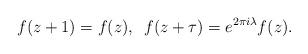
LaTeX: \begin{align*}f(z+1)=f(z), \,\ f(z+\tau )=e^{2\pi i \lambda } f(z).\end{align*}